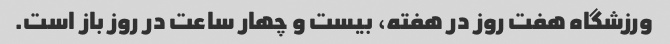
ورزشگاه هفت روز در هفته، بیست و چهار ساعت در روز باز است.